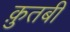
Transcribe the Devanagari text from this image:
क़ुतबी